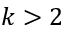
k > 2